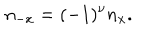
n _ { - x } = ( - 1 ) ^ { \nu } n _ { x } .